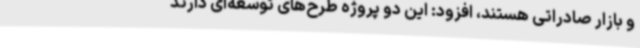
و بازار صادراتی هستند، افزود: این دو پروژه طرح‌های توسعه‌ای دارند